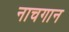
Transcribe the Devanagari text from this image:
नाचगान